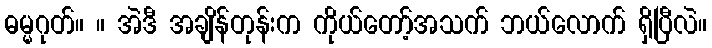
ဓမ္မဂုတ်။ ။ အဲဒီ အချိန်တုန်းက ကိုယ်တော့်အသက် ဘယ်လောက် ရှိပြီလဲ။